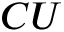
C U